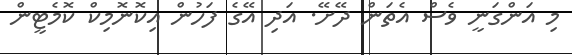
މި އަންގަނީ ވެސް އެތަން ދޭށޭ. އަދި އޭގެ ފަހުން އިކޮނޮމިކް ކޮމެޓީން